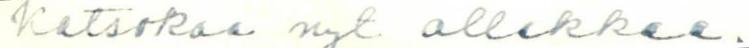
Katsokaa nyt allakkaa.